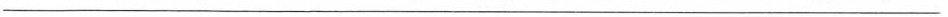
___